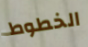
الخطوط